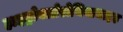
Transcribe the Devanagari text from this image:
हाइड्रोक्लोरोथियाजाइड